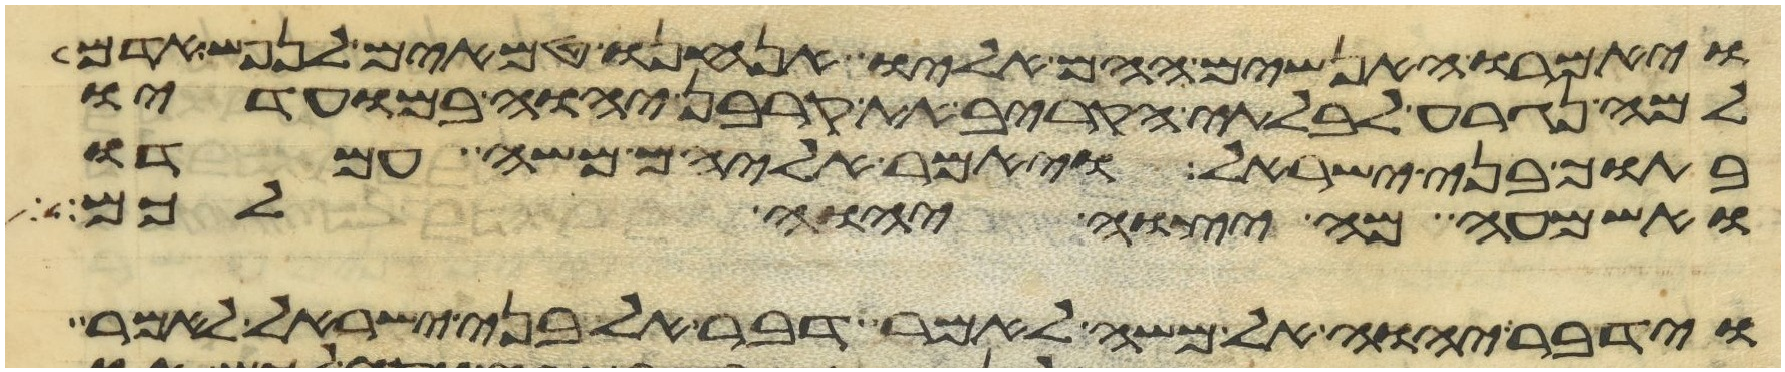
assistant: ויאמרו האנשים ההם אליו אנחנו טמאים לנפש אדם
למה נגרע לבלתי הקריב את קרבן יהוה במועדיו
בתוך בני ישראל ויאמר אליהם משה עמדו
ואשמעה מה יצוה יהוה לכם
וידבר יהוה אל משה לאמר דבר אל בני ישראל לאמר